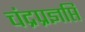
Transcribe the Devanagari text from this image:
चंद्रप्रज्ञप्ति